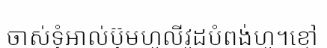
ចាស់ទុំអាល់ប៊ុមហូលីវូដបំពង់ហូ។ខ្មៅ